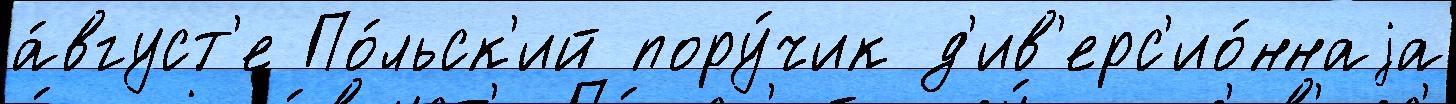
а́вгуст'е По́льск'ий пору́чик д'ив'ерс'ио́ннаjа